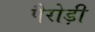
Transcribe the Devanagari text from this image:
पैरोड़ी